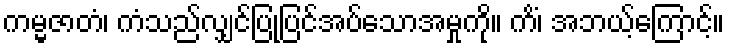
ကမ္မဇာတံ၊ ကံသည်လျှင်ပြုပြင်အပ်သောအမှုကို။ ကိံ၊ အဘယ့်ကြောင့်။